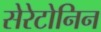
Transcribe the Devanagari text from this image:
सेरेटोनिन